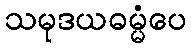
သမုဒယဓမ္မံပေ